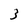
Character: 3